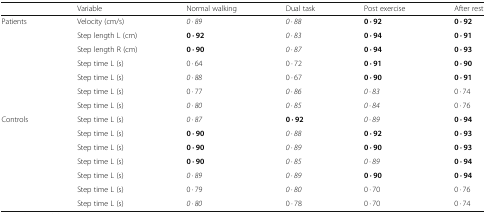
|  | Variable | Normal walking | Dual task | Post exercise | After rest |
 | --- | --- | --- | --- | --- | --- |
 | <ROWSPAN=7> Patients | Velocity (cm/s) | 0 · 89 | 0 · 88 | 0 · 92 | 0 · 92 |
 | Step length L (cm) | 0 · 92 | 0 · 83 | 0 · 94 | 0 · 91 |
 | Step length R (cm) | 0 · 90 | 0 · 87 | 0 · 94 | 0 · 93 |
 | Step time L (s) | 0 · 64 | 0 · 72 | 0 · 91 | 0 · 90 |
 | Step time L (s) | 0 · 88 | 0 · 67 | 0 · 90 | 0 · 91 |
 | Step time L (s) | 0 · 77 | 0 · 86 | 0 · 83 | 0 · 74 |
 | Step time L (s) | 0 · 80 | 0 · 85 | 0 · 84 | 0 · 76 |
 | <ROWSPAN=7> Controls | Step time L (s) | 0 · 87 | 0 · 92 | 0 · 89 | 0 · 94 |
 | Step time L (s) | 0 · 90 | 0 · 88 | 0 · 92 | 0 · 93 |
 | Step time L (s) | 0 · 90 | 0 · 89 | 0 · 90 | 0 · 93 |
 | Step time L (s) | 0 · 90 | 0 · 85 | 0 · 89 | 0 · 94 |
 | Step time L (s) | 0 · 89 | 0 · 89 | 0 · 90 | 0 · 94 |
 | Step time L (s) | 0 · 79 | 0 · 80 | 0 · 70 | 0 · 76 |
 | Step time L (s) | 0 · 80 | 0 · 78 | 0 · 70 | 0 · 74 |